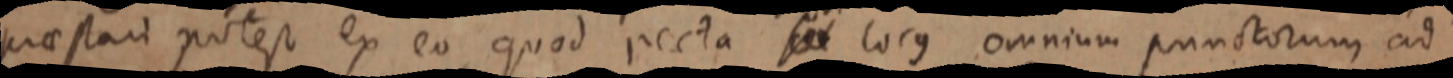
praestari potest ex eo quod recta _ locus omnium punctorum ad